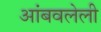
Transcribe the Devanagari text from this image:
आंबवलेली